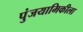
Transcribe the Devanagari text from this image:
पुंजयामिकीला